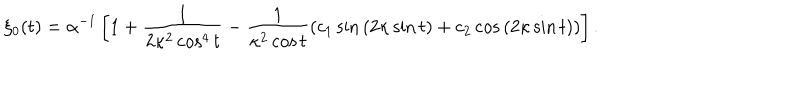
LaTeX: \xi _ { 0 } ( t ) = \alpha ^ { - 1 } \left[ 1 + \frac { 1 } { 2 \kappa ^ { 2 } \cos ^ { 4 } { t } } - \frac { 1 } { \kappa ^ { 2 } \cos { t } } ( c _ { 1 } \sin { ( 2 \kappa \sin { t } ) } + c _ { 2 } \cos { ( 2 \kappa \sin { t } ) } ) \right] .